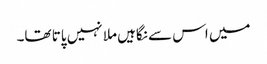
میں اس سے نگاہیں ملا نہیں پاتا تھا۔